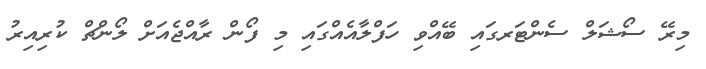
މިރޭ ސޯޝަލް ސެންޓަރގައި ބޭއްވި ހަފްލާއެއްގައި މި ފޯން ރާއްޖެއަށް ލޯންޗް ކުރިއިރު